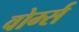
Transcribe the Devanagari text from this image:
वोर्म्स